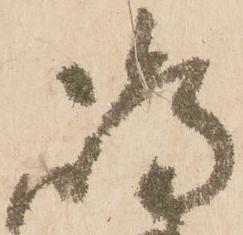
嶋